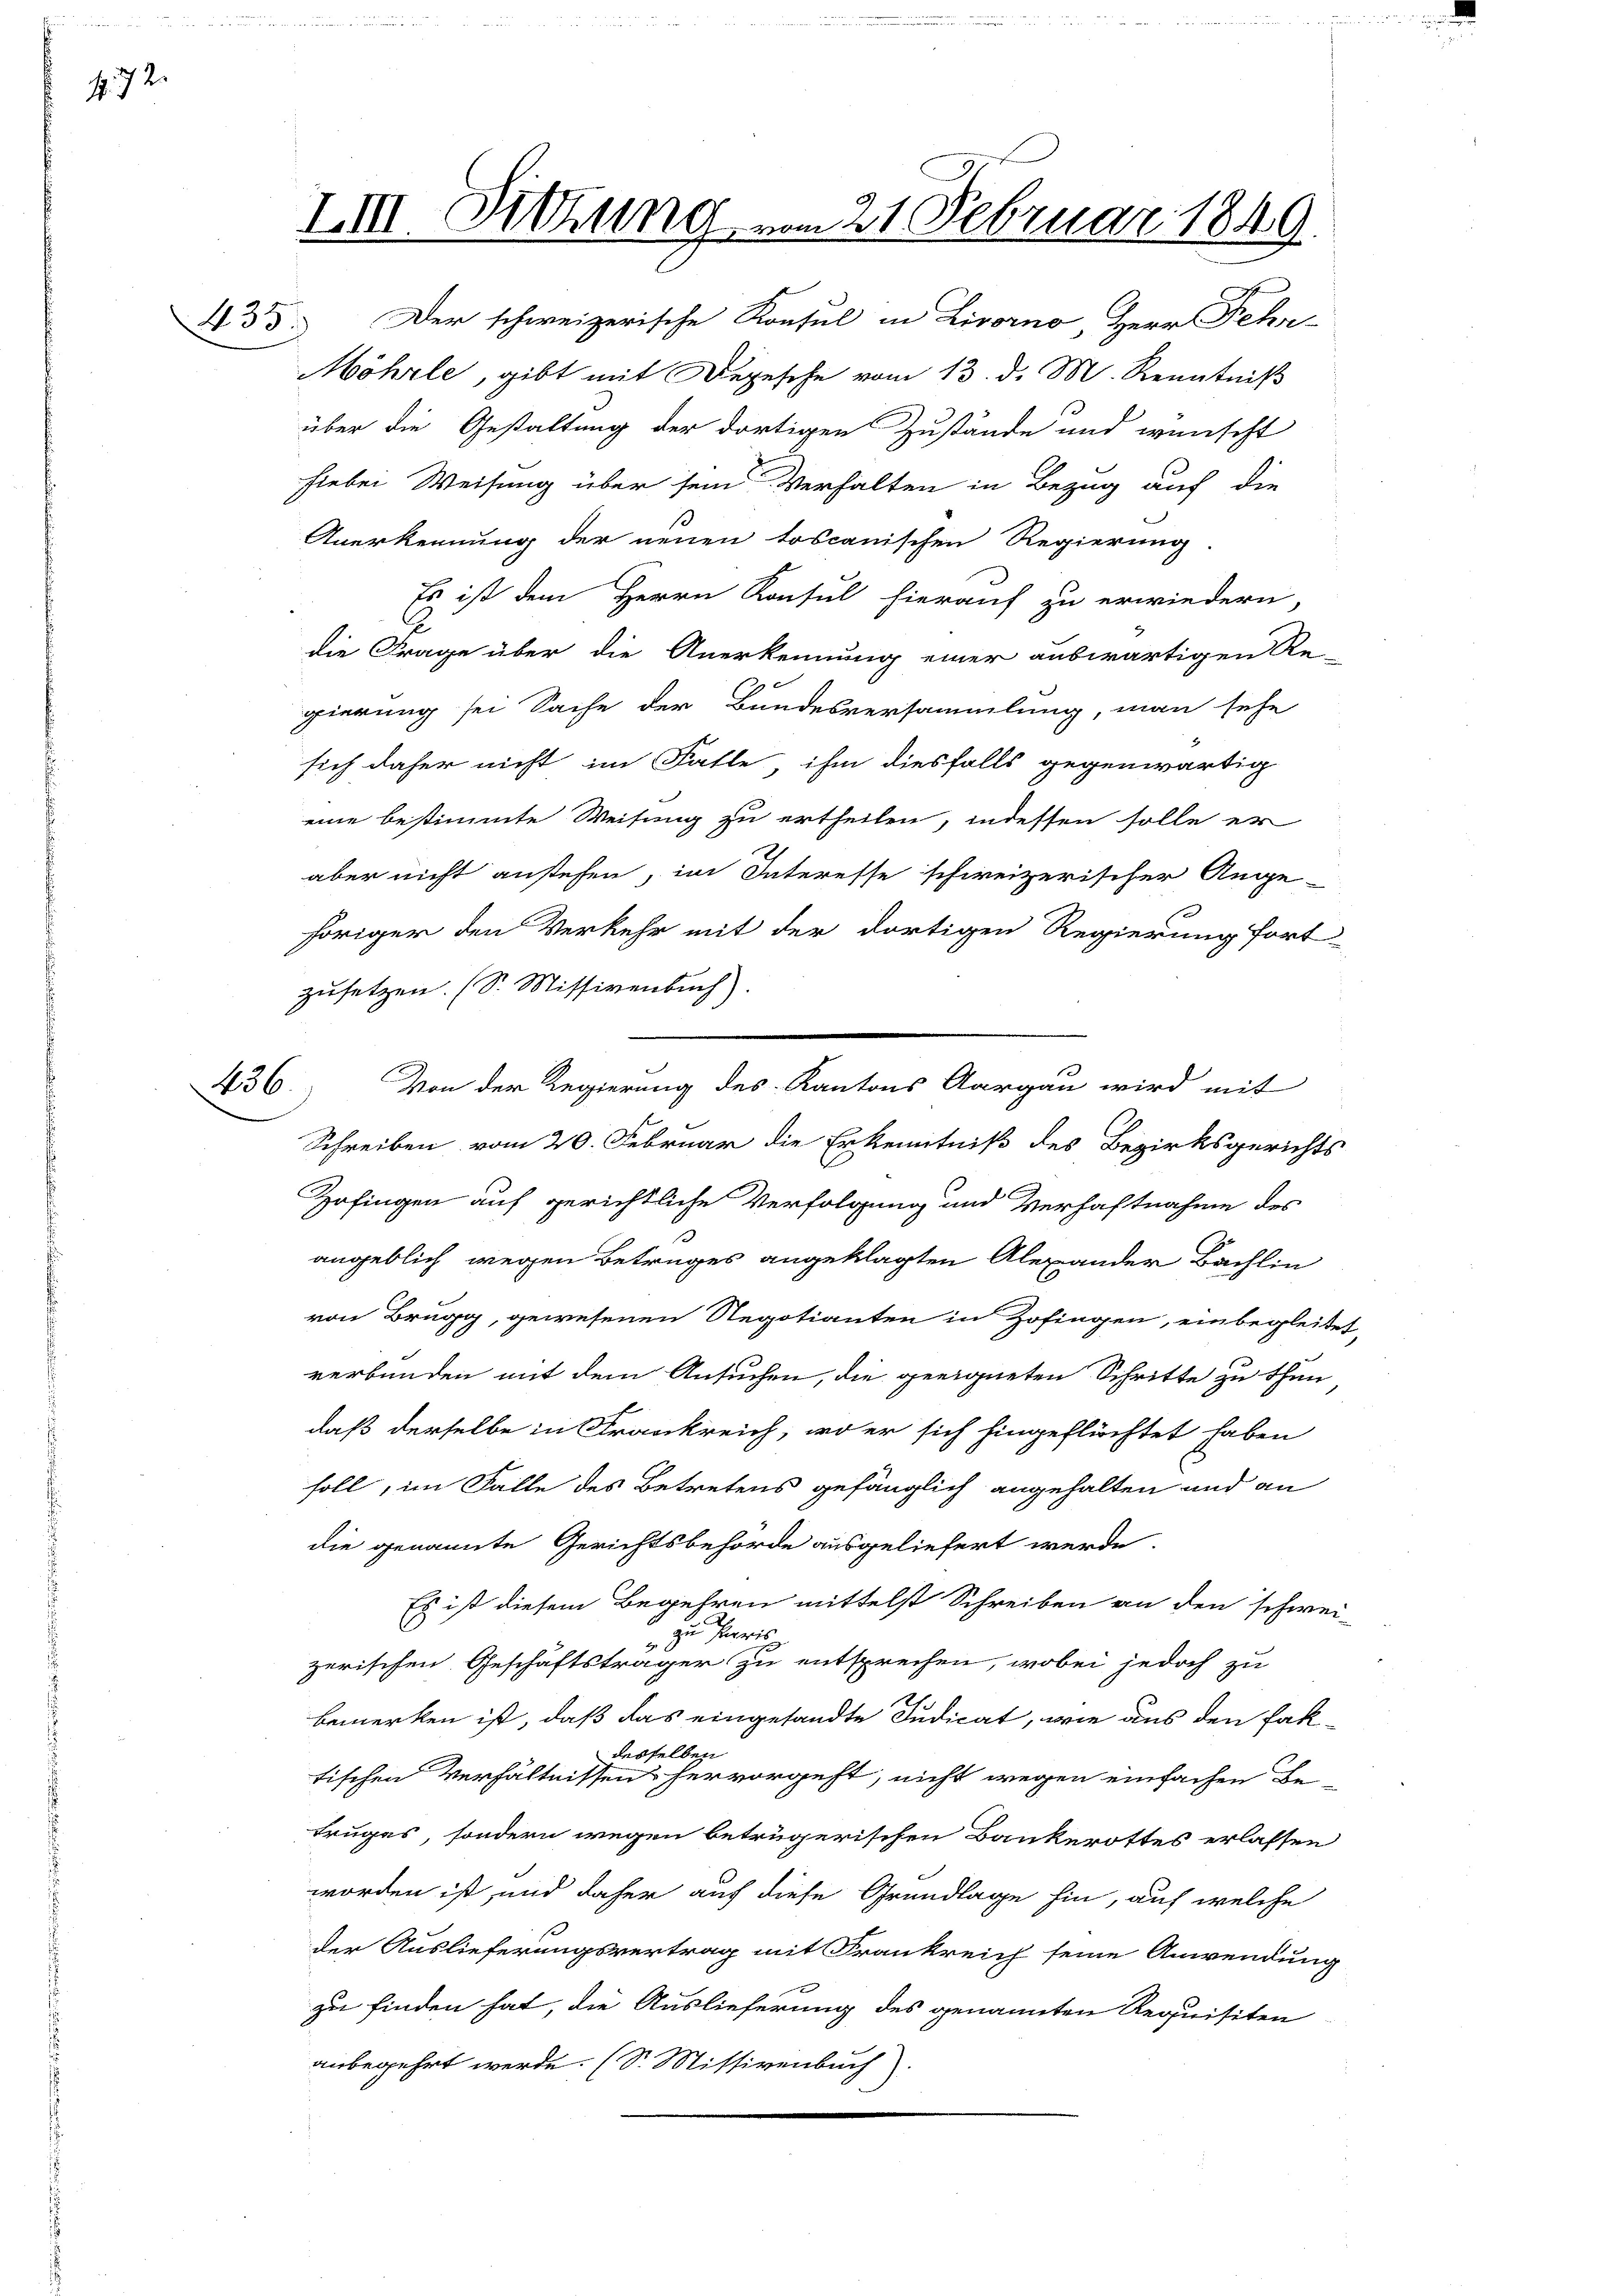
. 72.

236.

III. Sitzung vom 21. Februar 1849.

Von der Regierung des Kantons Aargau wird mit

d. Der schweizerische Konsul in Livorno, Herr Fehr-
Möhrle, gibt mit Degesehe vom 13. d. M. Kenntniß
über die Gestaltung der dortigen Zustände und wünscht
hiebei Weisung über sein Verhalten in Bezug auf die
Anerkennung der neuen Toscanischen Regierung.
Es ist dem Herrn Konsul hierauf zu erwiedern,
die Frage über die Anerkennung einer auswärtigen Re-
gierung sei Sache der Bundesversammlung, man sehe
sich daher nicht im Falle, ihm diesfalls gegenwärtig
eine bestimmte Weisung zu ertheilen, indessen solle er
aber nicht anstehen, im Interesse schweizerischer Ange-
höriger den Verkehr mit der dortigen Regierung fort-
zusetzen. (S. Missivenbuch).
Schreiben vom 20. Februar die Erkenntniß des Bezirksgerichts
Zofingen auf gerichtliche Verfolgung und Verhaftnahme des
angeblich wegen Betruges angeklagten Alexander Bachlin
von Brugg, gewesenen Regotianten in Zofingen, einbegleitet,
verbunden mit dem Ansuchen, die geeigneten Schritte zu thun
daß derselbe in Frankreich, wo er sich hingeflüchtet haben
soll, im Falle des Betretens gefänglich angehalten und an
die genannte Gerichtsbehörde ausgeliefert werde.
Es ist diesem Begehren mittelst Schreiben an den schwei-
Paris
2
zerischen Geschäftsträger zu entsprechen, wobei jedoch zu
bemerken ist, daß das eingesandte Judicat, wie aus den fakselben
Bed
tischen Verhältnissen hervorgeht, nicht wegen einfachen Be-
truges, sondern wegen betrügerischen Bankerottes erlassen
worden ist und daher auf diese Grundlage hin, auf welche
der Auslieferungsvertrag mit Frankreich seine Anwendung
zu finden hat, die Auslieferung des genannten Requisiten
anbegehrt werde. (S. Missivenbuch